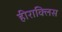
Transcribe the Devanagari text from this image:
हीराक्लिस